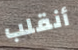
أنقلب